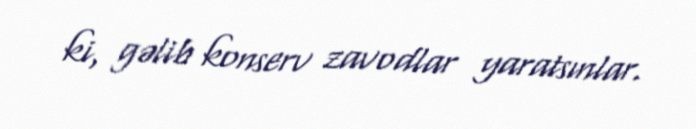
ki, gəlib konserv zavodlar yaratsınlar.